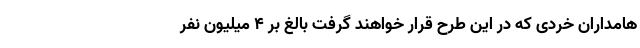
هامداران خردی که در این طرح قرار خواهند گرفت بالغ بر ۴ میلیون نفر